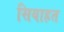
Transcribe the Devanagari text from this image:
सियाहत